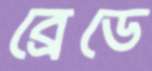
ব্রেডে